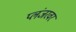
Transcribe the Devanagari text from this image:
प्लंजरवर